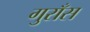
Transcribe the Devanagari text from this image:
गुराँस